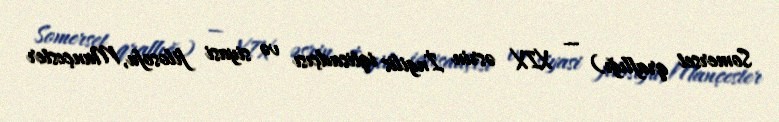
Somerset qraflığı) — XIX əsrin İngilis iqtisadçısı və siyasi filosofu, Mançester